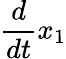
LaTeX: \frac{d}{dt}x_{1}